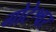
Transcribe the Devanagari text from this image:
गोटेश्वर